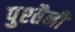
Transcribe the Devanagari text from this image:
पुश्‍तैनी